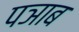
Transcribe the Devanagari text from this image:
पञाब